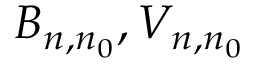
B _ { n , n _ { 0 } } , V _ { n , n _ { 0 } }